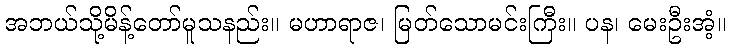
အဘယ်သို့မိန့်တော်မူသနည်း။ မဟာရာဇ၊ မြတ်သောမင်းကြီး။ ပန၊ မေးဦးအံ့။